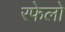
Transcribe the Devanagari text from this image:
रफेलो